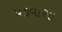
પકવાસા